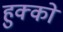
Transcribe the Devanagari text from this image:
हुक्‍कों